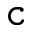
\mathtt { c }